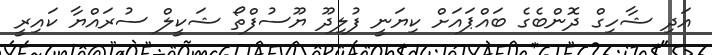
އަދި ޝާހިގް ދޮންބެގެ ބައްޕައަށް ކިޔަނީ ފުލިދޫ ޔޫސުފްތޯ ޝަކީލް ސުރައްޔާ ކައިރީ